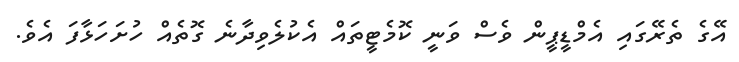
އޭގެ ތެރޭގައި އެމްޑީޕީން ވެސް ވަނީ ކޮމެޓީތައް އެކުލެވިދާނެ ގޮތެއް ހުށަހަޅާފަ އެވެ.